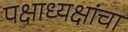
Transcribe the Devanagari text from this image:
पक्षाध्यक्षांचा